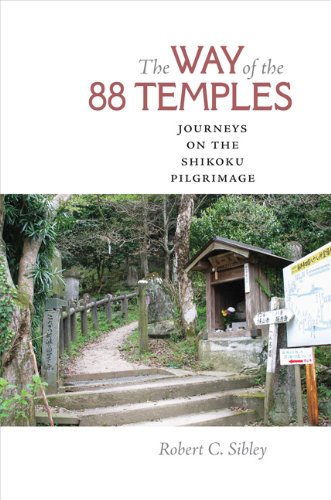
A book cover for The Way of the 88 Temples: Journeys on the Shikoku Pilgrimage; Robert C. Sibley; Biographies & Memoirs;